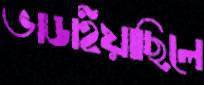
ভাঙাইয়াছিলে